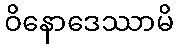
ဝိနောဒေဿာမိ